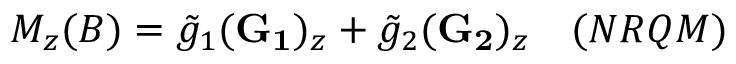
\nonumber M _ { z } ( B ) = \tilde { g } _ { 1 } ( { \bf G _ { 1 } } ) _ { z } + \tilde { g } _ { 2 } ( { \bf G _ { 2 } } ) _ { z } \quad ( N R Q M )